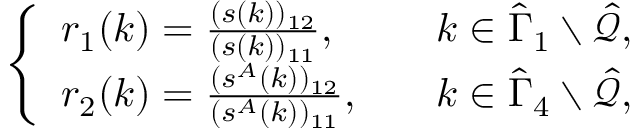
\begin{array} { r } { \left\{ \begin{array} { l l } { r _ { 1 } ( k ) = \frac { ( s ( k ) ) _ { 1 2 } } { ( s ( k ) ) _ { 1 1 } } , } & { k \in \hat { \Gamma } _ { 1 } \setminus \hat { \mathcal { Q } } , } \\ { r _ { 2 } ( k ) = \frac { ( s ^ { A } ( k ) ) _ { 1 2 } } { ( s ^ { A } ( k ) ) _ { 1 1 } } , \quad } & { k \in \hat { \Gamma } _ { 4 } \setminus \hat { \mathcal { Q } } , } \end{array} \right. } \end{array}